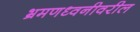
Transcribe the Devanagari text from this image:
भ्रमणध्वनीवरील